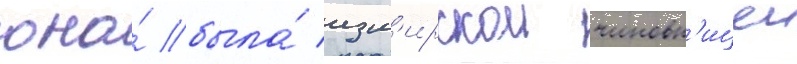
она́ была́ изм'ирскои чиновн'ицеи